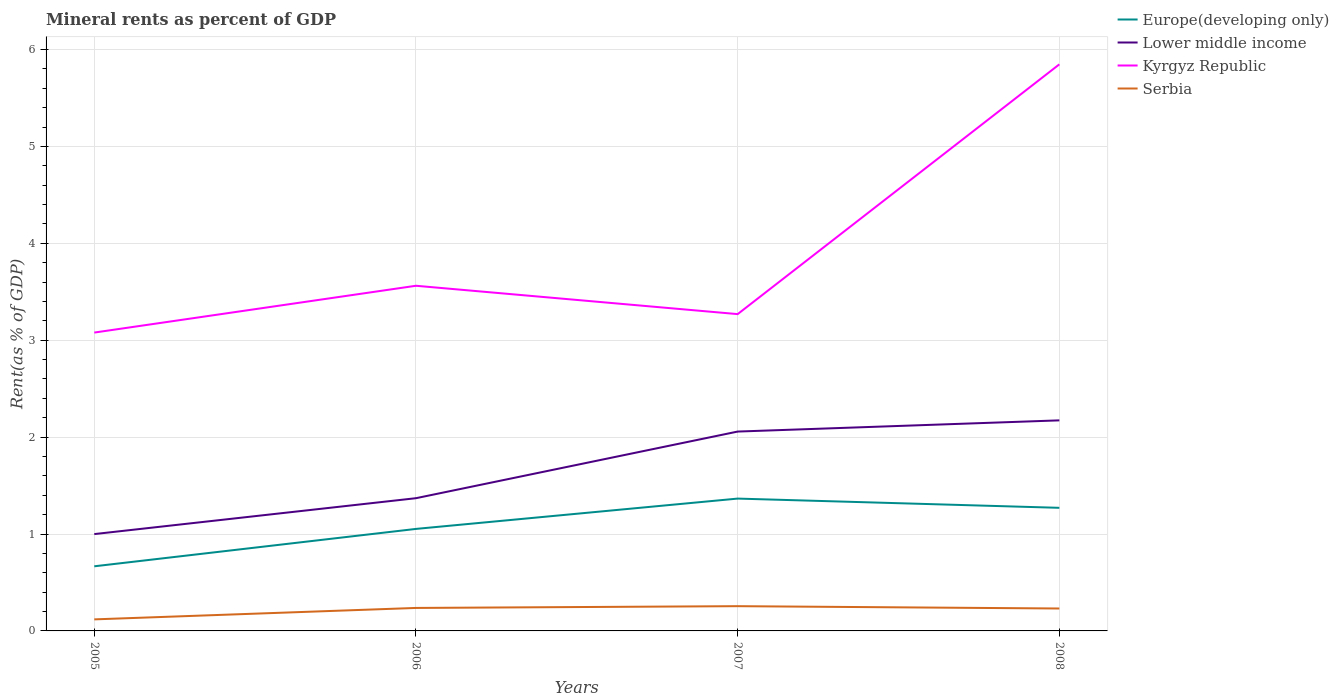
| Years | Europe(developing only) | Lower middle income | Kyrgyz Republic | Serbia |
 | --- | --- | --- | --- | --- |
 | 2005 | 0.667 | 0.999 | 3.08 | 0.119 |
 | 2006 | 1.05 | 1.37 | 3.56 | 0.237 |
 | 2007 | 1.37 | 2.06 | 3.27 | 0.255 |
 | 2008 | 1.27 | 2.17 | 5.85 | 0.231 |